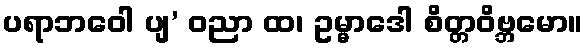
ပရာဘဝေါ ပျ’ ဝညာ ထ၊ ဥမ္မာဒေါ စိတ္တဝိဗ္ဘမော။